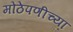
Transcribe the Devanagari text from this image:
मोठेपणीच्या